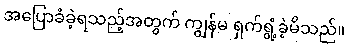
အပြောခံခဲ့ရသည့်အတွက် ကျွန်မ ရှက်ရွံ့ခဲ့မိသည်။